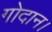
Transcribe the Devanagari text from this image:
गोदान।